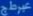
عِرْجَة